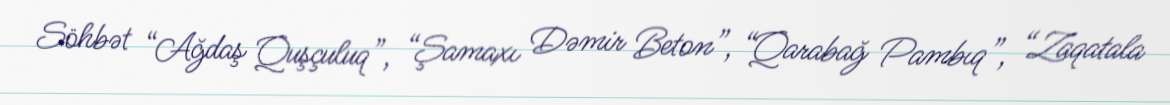
Söhbət “Ağdaş Quşçuluq”, “Şamaxı Dəmir Beton”, “Qarabağ Pambıq”, “Zaqatala